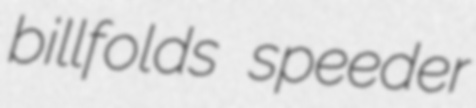
billfolds speeder